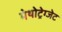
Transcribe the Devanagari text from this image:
मेथोट्रेग्जेट